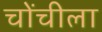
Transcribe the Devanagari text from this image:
चोंचीला